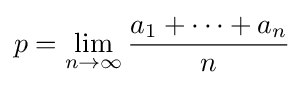
p=\lim _{n\to \infty }{\frac {a_{1}+\dots +a_{n}}{n}}